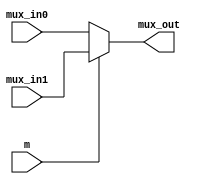
`timescale 1ns / 1ps
//////////////////////////////////////////////////////////////////////////////////
// Company: 
// Engineer: 
// 
// Design Name: 
// Module Name:    Mux5 
// Project Name: 
// Target Devices: 
// Tool versions: 
// Description: 
//
// Dependencies: 
//
// Revision: 
// Revision 0.01 - File Created
// Additional Comments: 
//
//////////////////////////////////////////////////////////////////////////////////
module Mux5(
	input [4:0] mux_in0,  // 4  a
	input [4:0] mux_in1,  // 4  b
	input m,  // 1  s=0  r  as=1  r  b
	output [4:0]  mux_out// 4  a b s 
	);

	reg [4:0] mux_out_temp;
	assign mux_out = mux_out_temp;

	always @(mux_in0 or mux_in1 or m) begin
		if (m == 0)
			mux_out_temp = mux_in0;
		else
			mux_out_temp = mux_in1;
	end

endmodule